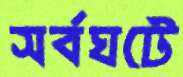
সর্বঘটে